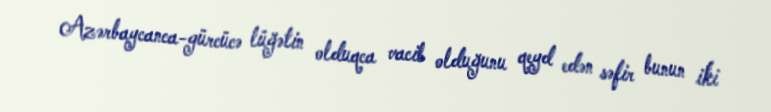
Azərbaycanca-gürcücə lüğətin olduqca vacib olduğunu qeyd edən səfir bunun iki